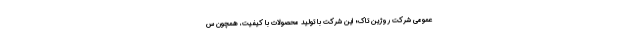
عمومی شرکت روژین تاک؛ این شرکت با تولید محصولات با کیفیت، همچون س